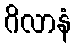
ဂိလာနံ